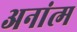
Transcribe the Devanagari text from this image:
अनांत्म